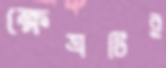
ক্ষেত্রটিই